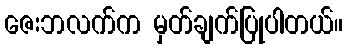
ဇေးဘလက်က မှတ်ချက်ပြုပါတယ်။